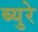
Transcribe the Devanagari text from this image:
ब्युरे